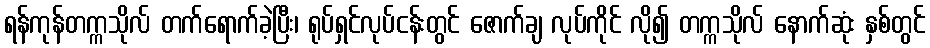
ရန်ကုန်တက္ကသိုလ် တက်ရောက်ခဲ့ပြီး၊ ရုပ်ရှင်လုပ်ငန်းတွင် ဇောက်ချ လုပ်ကိုင် လို၍ တက္ကသိုလ် နောက်ဆုံး နှစ်တွင်